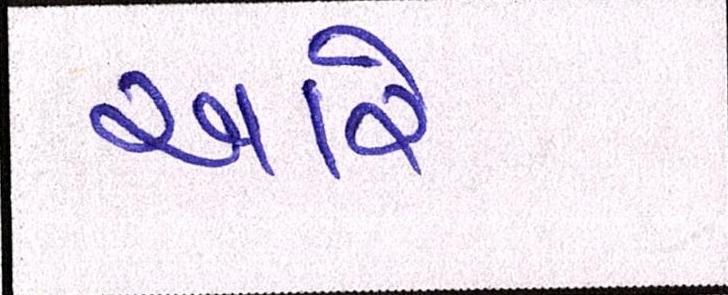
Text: આરે